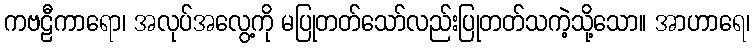
ကဗဠီကာရော၊ အလုပ်အလွေ့ကို မပြုတတ်သော်လည်းပြုတတ်သကဲ့သို့သော။ အာဟာရေ၊